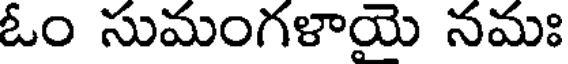
ఓం సుమంగళాయె నమః